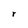
Character: r